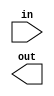
module cos_lookup (
    in,out
);
    input in;
    output reg [11:0] out ;
    reg [11:0] cos_1=12'b00_1011010100 ;
    reg [11:0] cos_2=12'b00_1010000111 ;
    reg [11:0] cos_3=12'b00_1001110100 ;
    reg [11:0] cos_4=12'b00_1001101111 ;
    reg [11:0] cos_5=12'b00_1001101110 ;
    reg [11:0] cos_6=12'b00_1001101101 ;

endmodule